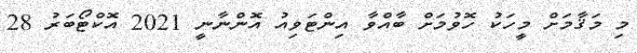
މި މަޤާމަށް މީހަކު ހޮވުމަށް ބާއްވާ އިންޓަވިއު އޮންނާނީ 2021 އޮކްޓޯބަރު 28